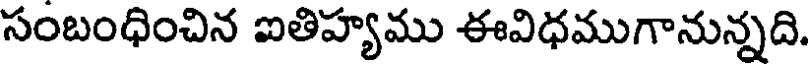
సంబంధించిన ఐతిహ్యము ఈవిధముగానున్నది.